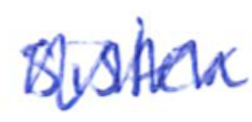
Text: sister
Cross-out: mix
Writing tool: ballpoint